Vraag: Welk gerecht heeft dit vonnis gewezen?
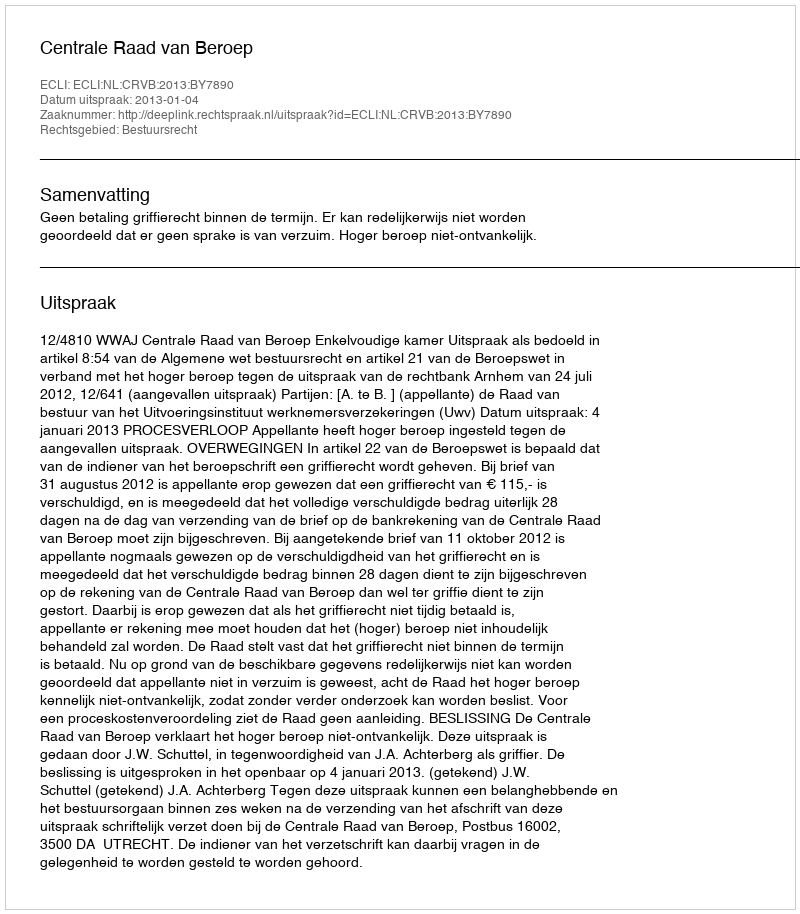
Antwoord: Centrale Raad van Beroep